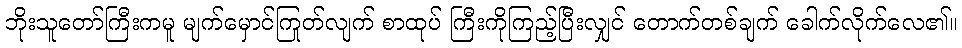
ဘိုးသူတော်ကြီးကမူ မျက်မှောင်ကြုတ်လျက် စာထုပ် ကြီးကိုကြည့်ပြီးလျှင် တောက်တစ်ချက် ခေါက်လိုက်လေ၏။